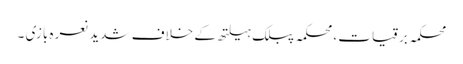
محکمہ برقیات ،محکمہ پبلک ہیلتھ کے خلاف شدید نعرہ بازی ۔